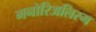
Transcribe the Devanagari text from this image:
मनोरिअलिस्म